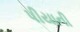
પીયાની